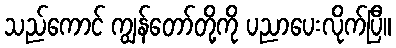
သည်ကောင် ကျွန်တော်တို့ကို ပညာပေးလိုက်ပြီ။